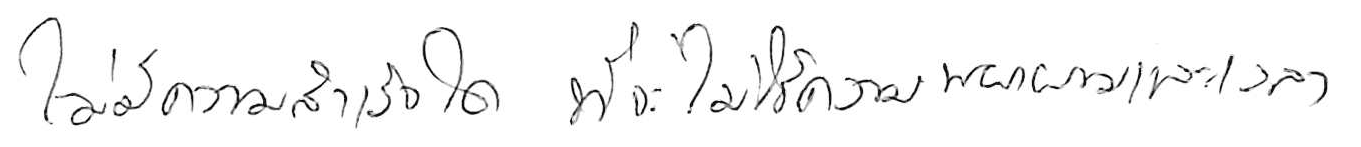
ไม่มีความสำเร็จใด ที่จะไม่ใช้ความพยายามและเวลา